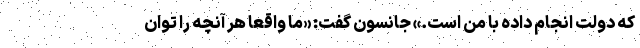
که دولت انجام داده با من است.» جانسون گفت: «ما واقعا هر آنچه را توان